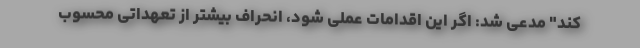
کند" مدعی شد: اگر این اقدامات عملی شود، انحراف بیشتر از تعهداتی محسوب